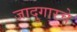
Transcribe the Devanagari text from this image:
जादुगारचे